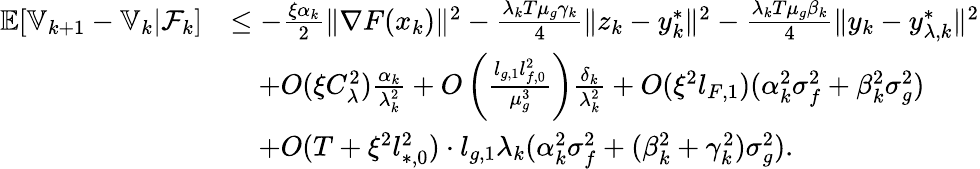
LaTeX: \begin{array}{rl}{\mathbb{E}[\mathbb{V}_{k+1}-\mathbb{V}_{k}|\mathcal{F}_{k}]}&{\le-\frac{\xi\alpha_{k}}{2}\| \nabla F(x_{k})\| ^{2}-\frac{\lambda_{k}T\mu_{g}\gamma_{k}}{4}\| z_{k}-y_{k}^{*}\| ^{2}-\frac{\lambda_{k}T\mu_{g}\beta_{k}}{4}\| y_{k}-y_{\lambda,k}^{*}\| ^{2}}\\ &{\quad+O(\xi C_{\lambda}^{2})\frac{\alpha_{k}}{\lambda_{k}^{2}}+O\left(\frac{l_{g,1}l_{f,0}^{2}}{\mu_{g}^{3}}\right)\frac{\delta_{k}}{\lambda_{k}^{2}}+O(\xi^{2}l_{F,1})(\alpha_{k}^{2}\sigma_{f}^{2}+\beta_{k}^{2}\sigma_{g}^{2})}\\ &{\quad+O(T+\xi^{2}l_{*,0}^{2})\cdot l_{g,1}\lambda_{k}(\alpha_{k}^{2}\sigma_{f}^{2}+(\beta_{k}^{2}+\gamma_{k}^{2})\sigma_{g}^{2}).}\end{array}